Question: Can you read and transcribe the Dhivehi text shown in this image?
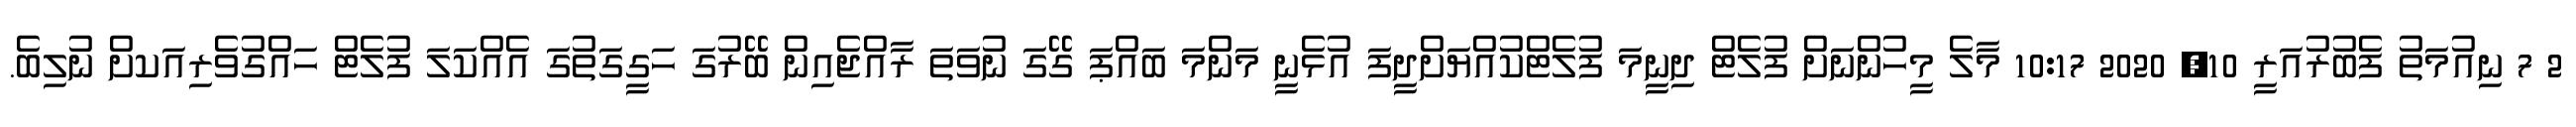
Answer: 2 7 ނިއުމަތު ފެބުރުއަރީ 10, 2020 10:17 މާލެ މީހުންނަށް ފުލެޓް ދިނީމަ ފުލެޓްކުއްޔަށްދީފަ އުޅެނީ މަންމަ ބައްޕަ ގޭގަ ނުވަތަ ރާއްޖެއިން ބޭރުގަ ހަގީގަތުގަ އެއްކަލަ ފުލެޓް ހައްގުވެރިއަކށް ނުލިބެ.